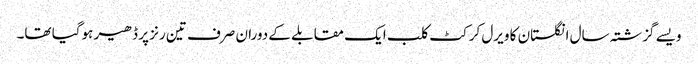
ویسے گزشتہ سال انگلستان کا ویرل کرکٹ کلب ایک مقابلے کے دوران صرف تین رنز پر ڈھیر ہوگیا تھا۔